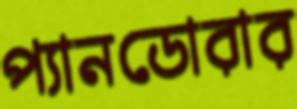
প্যানডোরার